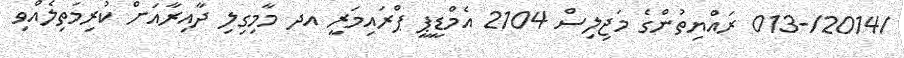
/2014/-013 ރައްޔިތުންގެ މަޖިލިސް 2104 އެމްޑީޕީ ޕްރައިމަރީ އދ މާމިގިލި ދާއިރާއަށް ކުރިމަތިލެއްވި